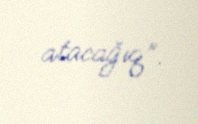
atacağıq”.